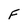
Character: F